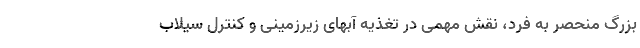
بزرگ منحصر به فرد، نقش مهمی در تغذیه آبهای زیرزمینی و کنترل سیلاب